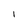
Character: I